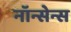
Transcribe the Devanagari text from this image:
नॉन्सेन्स